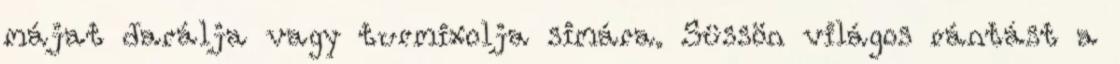
májat darálja vagy turmixolja simára. Süssön világos rántást a